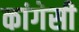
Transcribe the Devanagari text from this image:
कांगेसी